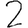
Digit: 2